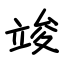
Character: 竣